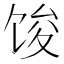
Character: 馂